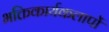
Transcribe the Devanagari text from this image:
भक्तिकार्यकलापों